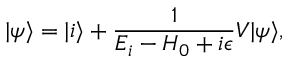
| \psi \rangle = | i \rangle + \frac { 1 } { E _ { i } - H _ { 0 } + i \epsilon } V | \psi \rangle ,